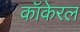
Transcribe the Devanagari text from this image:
कॉकेरल